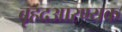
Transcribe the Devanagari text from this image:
बृहदआरण्यक